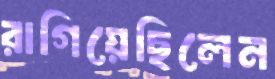
রাগিয়েছিলেন